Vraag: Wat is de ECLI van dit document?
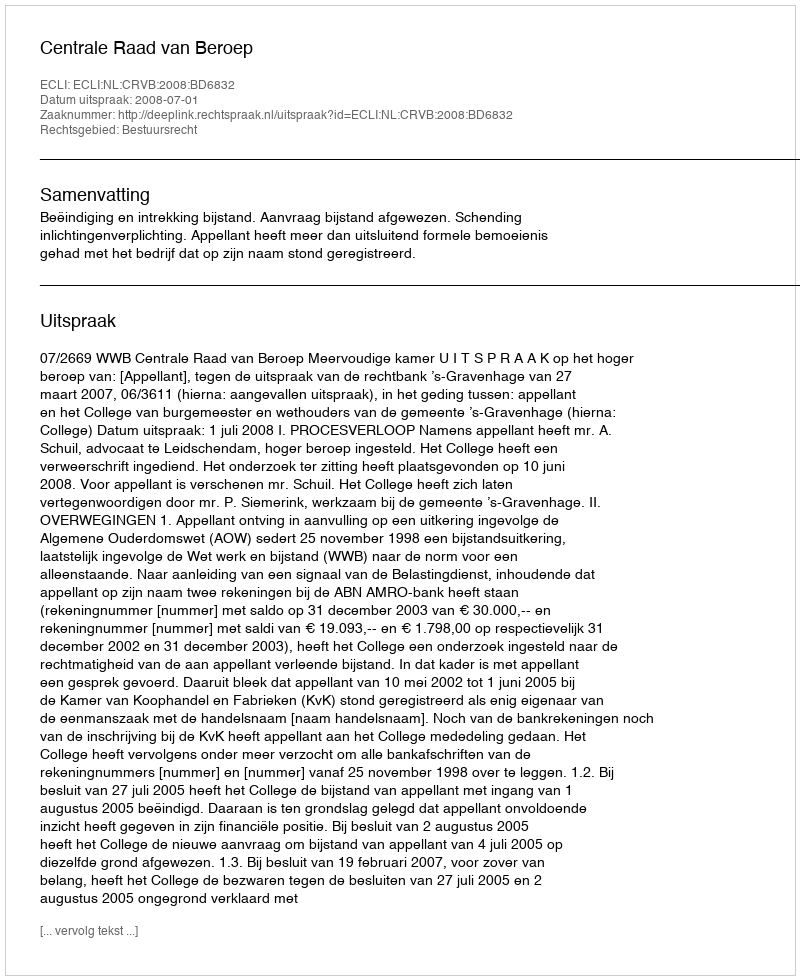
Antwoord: ECLI:NL:CRVB:2008:BD6832